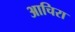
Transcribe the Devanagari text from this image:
आचिरा